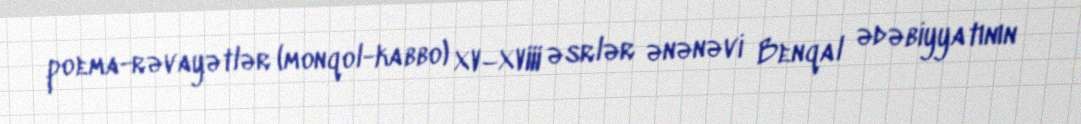
poema-rəvayətlər (monqol-kabbo) XV–XVIII əsrlər ənənəvi Benqal ədəbiyyatının